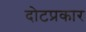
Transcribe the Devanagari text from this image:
दोटप्रकार